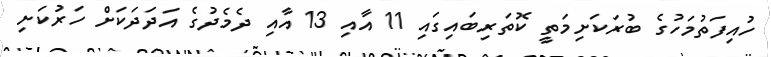
ހުއިފަތުމަހުގެ ބުރަކަށިމަތީ ކޮތަރިބައިގައި 11 އާއި 13 އާއި ދެމެދުގެ އަދަދަކަށް ހަރުކަށި